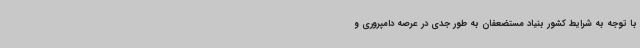
با توجه به شرایط کشور بنیاد مستضعفان به طور جدی در عرصه دامپروری و